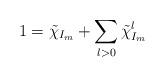
LaTeX: \begin{align*} 1 = \tilde \chi_{I_m} + \sum_{l>0} \tilde \chi_{I_m}^l \end{align*}